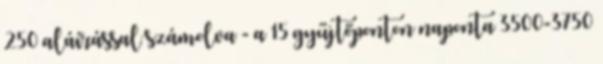
250 aláírással számolva - a 15 gyűjtőponton naponta 3500-3750